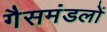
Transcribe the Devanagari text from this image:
गैसमंडलों